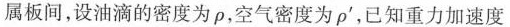
属板间，设油滴的密度为ρ，空气密度为ρ'，已知重力加速度